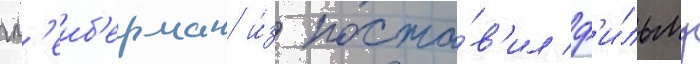
гл'еиб'ерман и́з поста́в'ил ф'и́льму